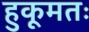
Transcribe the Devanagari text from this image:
हुकूमतः